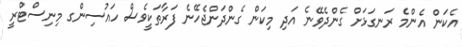
އެކަން އެންމެ ރަނގަޅަށް ގެންދެވޭނެ އަދި މިކަން ގެންދަންޖެހޭނެ ފަރާތަކީވެސް ހައުސިންގ މިނިސްޓްރީ